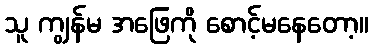
သူ ကျွန်မ အဖြေကို စောင့်မနေတော့။